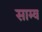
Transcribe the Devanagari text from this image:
साम्व